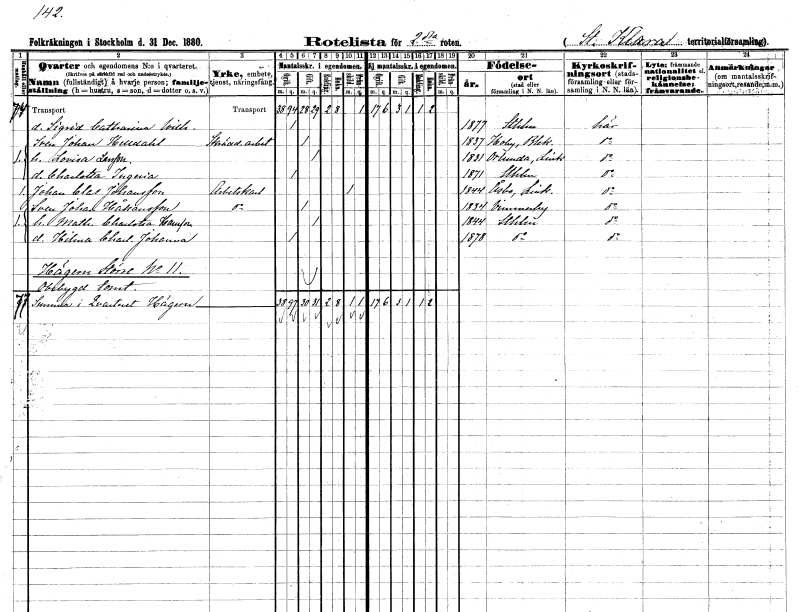
gt_parse: households: individuals: FN: Sigrid Catharina Wilhelmina
KON: K
CIV: O
FODAR: 1877
FODFORS: Stockholm
FN: Sven Johan
EN: Helldahl
YRKE: Skrädderiarbetare
KON: M
CIV: G
FODAR: 1837
FODFORS: Hoby Blekinge län
FN: Lovisa
EN: Larsson
KON: K
CIV: G
FODAR: 1831
FODFORS: Orlunda Östergötlands län
FN: Charlotta Ingeria
KON: K
CIV: O
FODAR: 1871
FODFORS: Stockholm
FN: Johan Clas
EN: Johansson
YRKE: Arbetskarl
KON: M
CIV: X
FODAR: 1844
FODFORS: Åsbo Östergötlands län
FN: Sven Johan
EN: Håkansson
YRKE: Arbetskarl
KON: M
CIV: G
FODAR: 1834
FODFORS: Vimmerby Kalmar län
FN: Mathilda Charlotta
EN: Hansson
KON: K
CIV: G
FODAR: 1844
FODFORS: Stockholm
FN: Hilma Charlotta Johanna
KON: K
CIV: O
FODAR: 1878
FODFORS: Stockholm